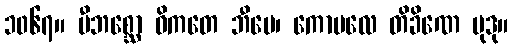
၁၀၆၇။ ဗီဘစ္ဆော ဝိကတေ ဘီမေ၊ ကောမလေ တိခိဏေ မုဒု။